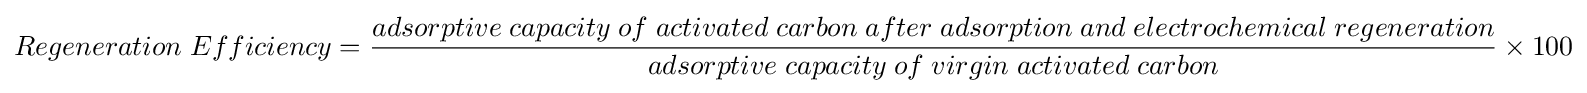
Regeneration\;Efficiency={\frac {adsorptive\;capacity\;of\;activated\;carbon\;after\;adsorption\;and\;electrochemical\;regeneration}{adsorptive\;capacity\;of\;virgin\;activated\;carbon}}\times 100